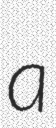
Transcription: a